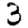
Digit: 3